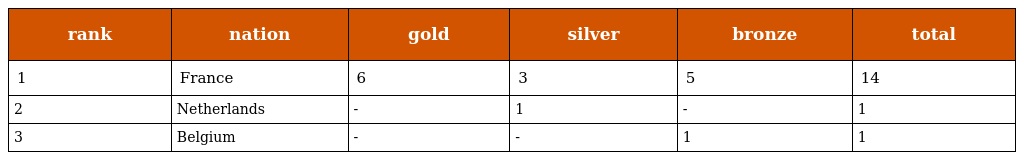
| rank | nation | gold | silver | bronze | total |
 | --- | --- | --- | --- | --- | --- |
 | 1 | France | 6 | 3 | 5 | 14 |
 | 2 | Netherlands | - | 1 | - | 1 |
 | 3 | Belgium | - | - | 1 | 1 |